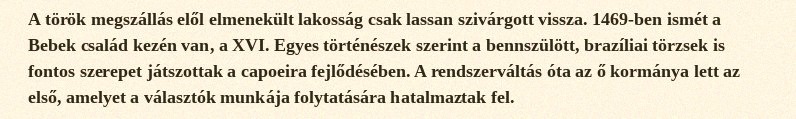
A török megszállás elől elmenekült lakosság csak lassan szivárgott vissza. 1469-ben ismét a Bebek család kezén van, a XVI. Egyes történészek szerint a bennszülött, brazíliai törzsek is fontos szerepet játszottak a capoeira fejlődésében. A rendszerváltás óta az ő kormánya lett az első, amelyet a választók munkája folytatására hatalmaztak fel.